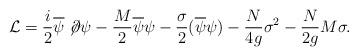
LaTeX: \begin{align*}{\cal L} =\frac{i}2\overline \psi \not \!\partial \psi - \frac{M}2\overline \psi\psi-\frac{\sigma}2 (\overline \psi\psi)- \frac{N}{4g}\sigma^2-\frac{N}{2g} M \sigma.\end{align*}